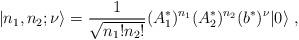
LaTeX: \begin{align*}|n_1 ,n_2 ;\nu \rangle =\frac{1}{\sqrt{n_1 ! n_2 !}}(A^*_1)^{n_1} (A^*_2)^{n_2} (b^*)^{\nu} |0 \rangle \ ,\end{align*}